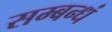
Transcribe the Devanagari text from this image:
सम्बन्धं